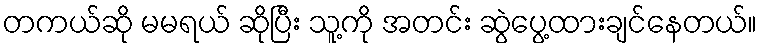
တကယ်ဆို မမရယ် ဆိုပြီး သူ့ကို အတင်း ဆွဲပွေ့ထားချင်နေတယ်။